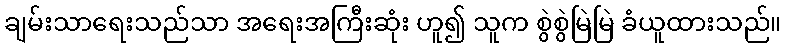
ချမ်းသာရေးသည်သာ အရေးအကြီးဆုံး ဟူ၍ သူက စွဲစွဲမြဲမြဲ ခံယူထားသည်။